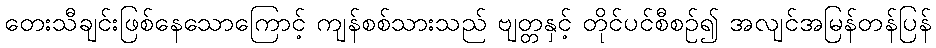
တေးသီချင်းဖြစ်နေသောကြောင့် ကျန်စစ်သားသည် ဗျတ္တနှင့် တိုင်ပင်စီစဉ်၍ အလျင်အမြန်တန်ပြန်